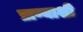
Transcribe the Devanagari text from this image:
प्राण्याशी